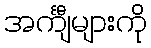
အင်္ကျီများကို